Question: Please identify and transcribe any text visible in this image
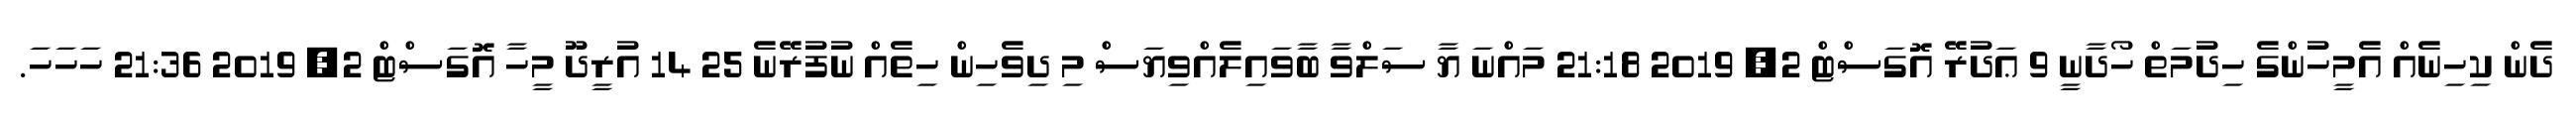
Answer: ދެން ކިހިނެއް އެމީހުންގެ ހިދުމަތް ހޯދާނީ 9 ޢަދުރޭ އޮގަސްޓް 2, 2019 21:18 މައްނަ ޔާ ސަލްވާ ބާވައިލެއްވިޔަސް މި ދިވެހިން ހިތެއް ނުފުރޭނެ 25 14 އުރީދޫ މީހާ އޮގަސްޓް 2, 2019 21:36 ހަހަހަ.